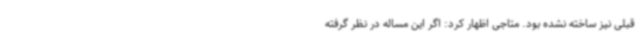
قبلی نیز ساخته نشده بود. ‌متاجی اظهار کرد: اگر این مساله در نظر گرفته